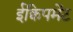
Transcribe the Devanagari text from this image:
ईक्विपमेंट